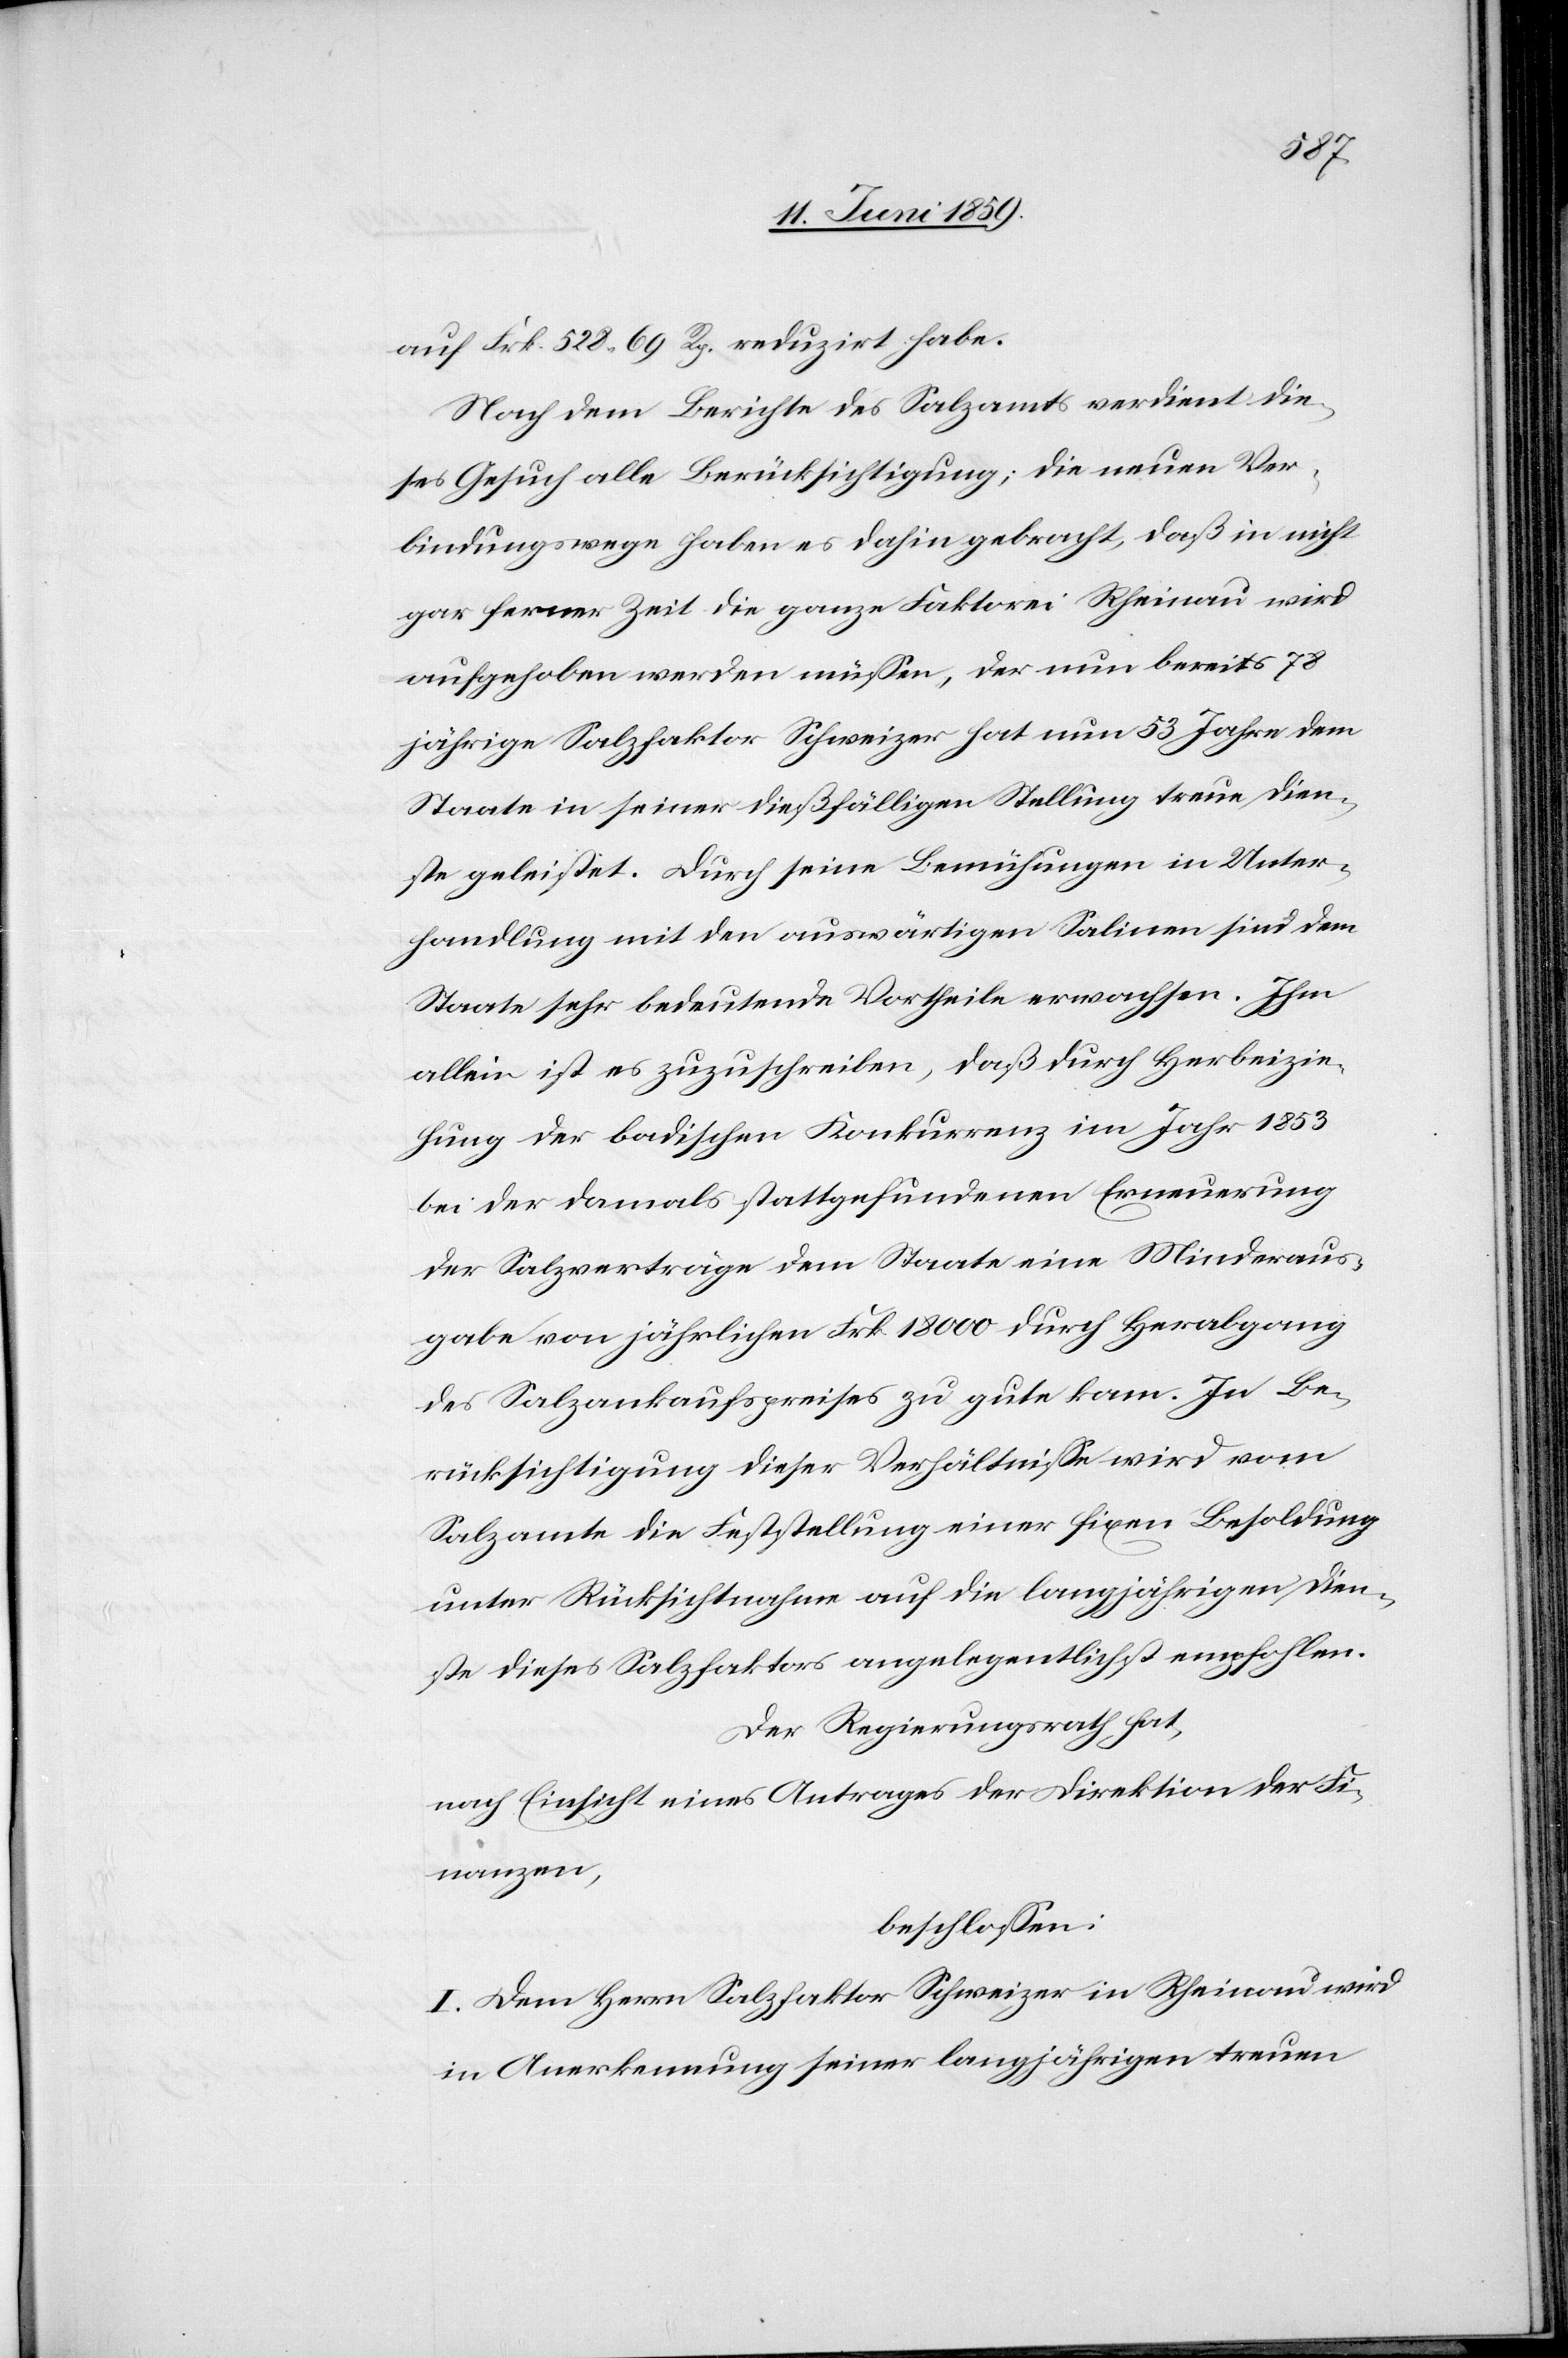
auf Frk. 528.69 Rp. reduzirt habe.
Nach dem Berichte des Salzamts verdient die¬
ses Gesuch alle Berücksichtigung; die neuen Ver¬
bindungswege haben es dahin gebracht, daß in nicht
gar ferner Zeit die ganze Faktorei Rheinau wird
aufgehoben werden müssen, der nun bereits 78
jährige Salzfaktor Schweizer hat nun 53 Jahre dem
Staate in seiner dießfälligen Stellung treu Dien¬
ste geleistet. Durch seine Bemühungen in Unter¬
handlung mit den auswärtigen Salinen sind dem
Staate sehr bedeutende Vortheile erwachsen. Ihm
allein ist es zuzuschreiben, daß durch Herbeizie¬
hung der badischen Konkurrenz im Jahr 1853
bei der damals stattgefundenen Erneuerung
der Salzverträge dem Staate eine Minderaus¬
gabe von jährlichen Frk. 18 000 durch Herabgang
des Salzankaufspreises zu gute kam. In Be¬
rücksichtigung dieser Verhältnisse wird vom
Salzamte die Feststellung einer fixen Besoldung
unter Rücksichtnahme auf die langjährigen Dien¬
ste dieses Salzfaktors angelegentlichst empfohlen.
Der Regierungsrath hat,
nach Einsicht eines Antrages der Direktion der Fi¬
nanzen,
beschlossen:
I. Dem Herrn Salzfaktor Schweizer in Rheinau wird
in Anerkennung seiner langjährigen treuen